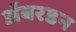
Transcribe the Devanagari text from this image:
ॲबरडन